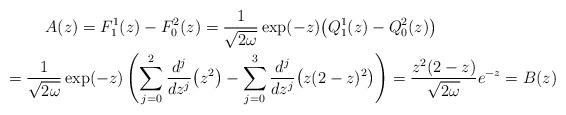
LaTeX: \begin{gather*} A(z) =F_{1}^{1}(z) -F_{0}^{2}(z) = \frac{1}{\sqrt{2\omega }}\exp (-z) \big( Q_{1}^{1}(z)-Q_{0}^{2}(z)\big) \\\hphantom{A(z)}{}= \frac{1}{\sqrt{2\omega }}\exp (-z) \left( \sum_{j=0}^{2}\frac{ d^{j}}{dz^{j}}\big( z^{2}\big) -\sum_{j=0}^{3}\frac{d^{j}}{dz^{j}}\big( z ( 2-z ) ^{2}\big) \right) = \frac{z^{2} ( 2-z ) }{\sqrt{2\omega }}e^{-z}=B(z)\end{gather*}